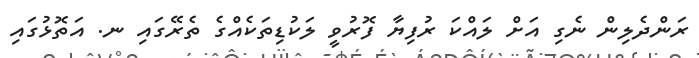
ރަންދެލިން ނެގި އަށް ލައްކަ ރުފިޔާ ފޮރުވީ ލަކުޑިތަކެއްގެ ތެރޭގައި ނ. އަތޮޅުގައި